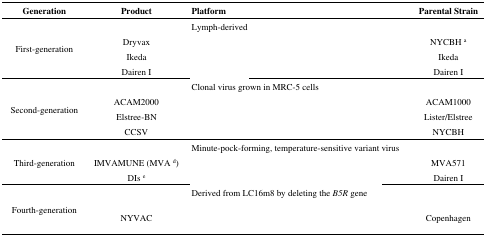
<table><thead><tr><td><b>Generation</b></td><td><b>Product</b></td><td><b>Platform</b></td><td><b>Parental Strain</b></td></tr></thead><tbody><tr><td rowspan="4">First-generation</td><td>[EMPTY_CELL]</td><td>Lymph-derived</td><td>[EMPTY_CELL]</td></tr><tr><td>Dryvax</td><td>[EMPTY_CELL]</td><td>NYCBH <sup>a</sup></td></tr><tr><td>Ikeda</td><td>[EMPTY_CELL]</td><td>Ikeda</td></tr><tr><td>Dairen I</td><td>[EMPTY_CELL]</td><td>Dairen I</td></tr><tr><td rowspan="4">Second-generation</td><td>[EMPTY_CELL]</td><td>Clonal virus grown in MRC-5 cells</td><td>[EMPTY_CELL]</td></tr><tr><td>ACAM2000</td><td>[EMPTY_CELL]</td><td>ACAM1000</td></tr><tr><td>Elstree-BN</td><td>[EMPTY_CELL]</td><td>Lister/Elstree</td></tr><tr><td>CCSV</td><td>[EMPTY_CELL]</td><td>NYCBH</td></tr><tr><td rowspan="3">Third-generation</td><td>[EMPTY_CELL]</td><td>Minute-pock-forming, temperature-sensitive variant virus</td><td>[EMPTY_CELL]</td></tr><tr><td>IMVAMUNE (MVA <sup>d</sup>)</td><td>[EMPTY_CELL]</td><td>MVA571</td></tr><tr><td>DIs <sup>e</sup></td><td>[EMPTY_CELL]</td><td>Dairen I</td></tr><tr><td rowspan="2">Fourth-generation</td><td>[EMPTY_CELL]</td><td>Derived from LC16m8 by deleting the <i>B5R</i> gene</td><td>[EMPTY_CELL]</td></tr><tr><td>NYVAC</td><td>[EMPTY_CELL]</td><td>Copenhagen</td></tr></tbody></table>